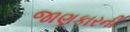
જાણકારની